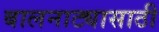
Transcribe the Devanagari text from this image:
बालनाट्यासाठी